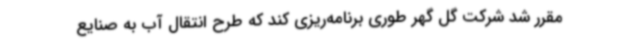
مقرر شد شرکت گل گهر طوری برنامه‌ریزی کند که طرح انتقال آب به صنایع